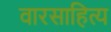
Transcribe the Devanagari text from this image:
वारसाहित्य